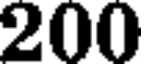
200